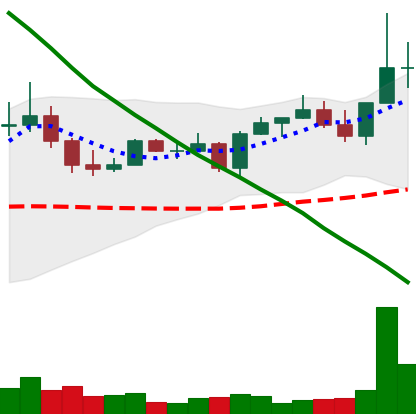
Ticker: EOS-USD
Chart end date: 2022-08-18
Forward return: 22.319%
Label: up_7plus